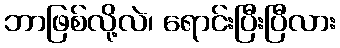
ဘာဖြစ်လို့လဲ၊ ရောင်းပြီးပြီလား